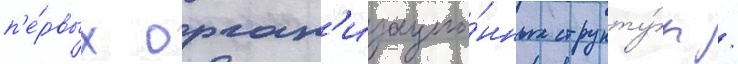
п'е́рвых орган'изацио́нных структу́р /